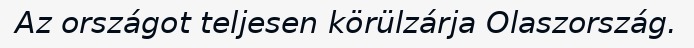
Az országot teljesen körülzárja Olaszország.